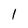
Character: 1